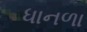
ધાનળા